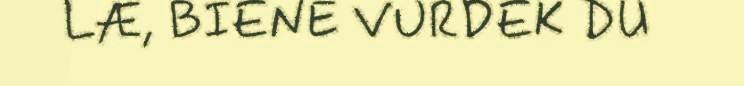
LÆ, BIENE VURDEK DU